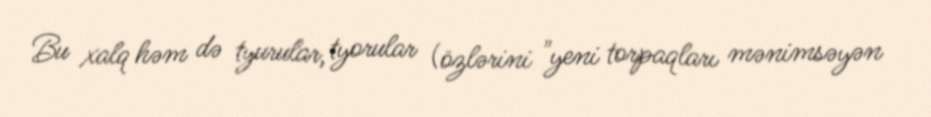
Bu xalq həm də tyurular, tyorular (özlərini "yeni torpaqları mənimsəyən